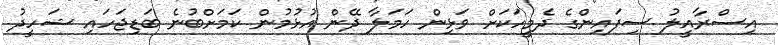
އިސްރާއީލު ސިފައިންގެ ދެމީހަކަށް ވަޅިން ހަމަލާ ދޭން އުޅުމުން ކަމަށްބުނެ ބަޑިޖަހައި ޝަހީދު